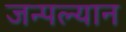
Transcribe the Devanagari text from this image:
जन्पल्यान